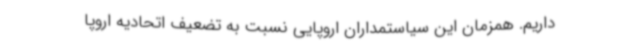
داریم. همزمان این سیاستمداران اروپایی نسبت به تضعیف اتحادیه اروپا